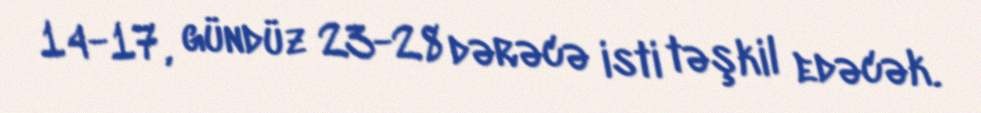
14-17, gündüz 23-28 dərəcə isti təşkil edəcək.